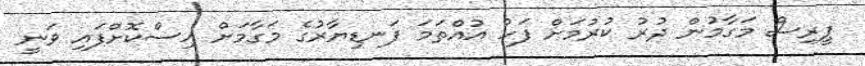
ޕީރިސް މަގާމުން ދުރު ކުރުމަށް ފަހު އުއްތަމަ ފަނޑިޔާރުގެ މަގާމަށް އިސްކޮށްފައި ވަނީ